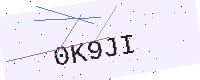
Text: 0K9JI